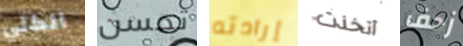
الكلي تحسن إرادته أتخذت زحف